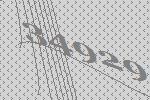
34929